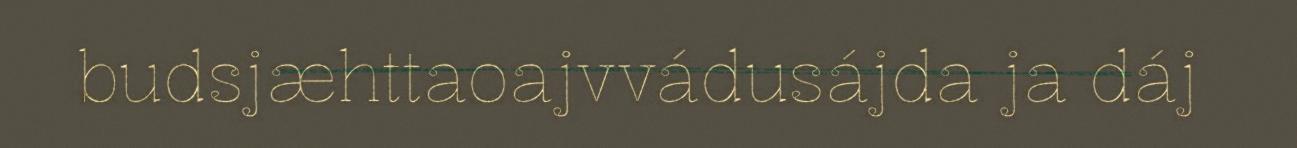
budsjæhttaoajvvádusájda ja dáj